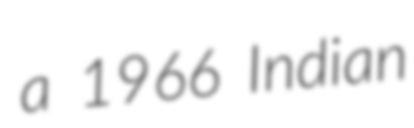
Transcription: a 1966 Indian